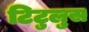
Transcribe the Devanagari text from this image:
टिटुलुस